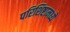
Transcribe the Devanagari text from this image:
परिशिष्टामध्ये